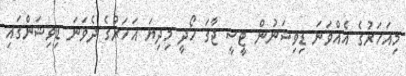
މިއަހަރުގެ އެއްވަނަ ޑިވިޝަނުން ޓީސީ ޖާގަ ހޯދީ މިދިޔަ އަހަރުގެ ދެވަނަ ޑިވިޝަންގައި